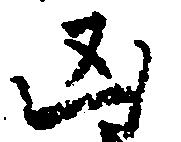
凶